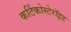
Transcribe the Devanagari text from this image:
कर्टिकोस्टेरॉइड